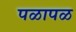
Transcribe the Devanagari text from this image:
पळापळ